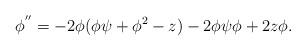
LaTeX: \begin{align*} \phi^{''} = - 2 \phi (\phi \psi + \phi^{2} - z) -2 \phi \psi \phi + 2 z \phi.\end{align*}